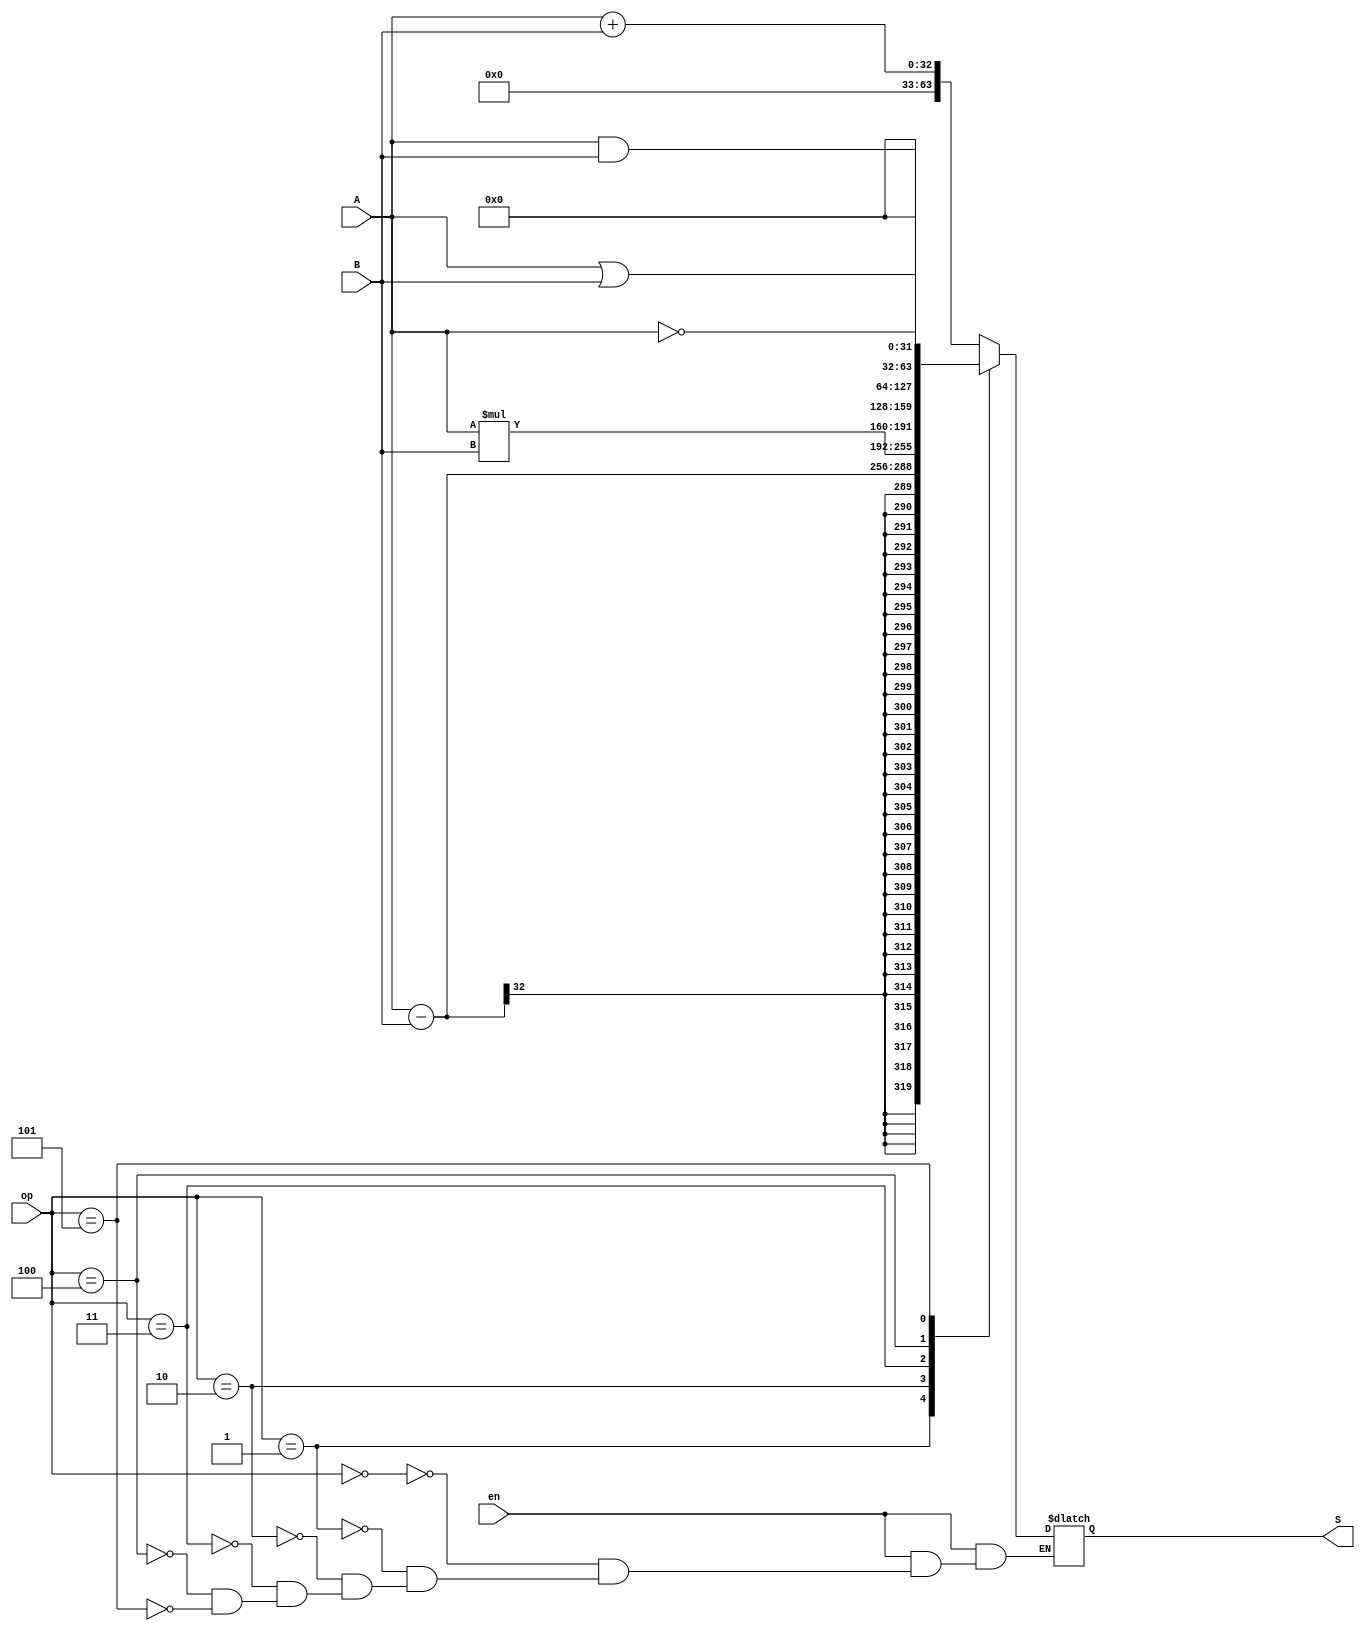
module ALU(op, A, B, S, en);
	input [31:0]A, B;
	input en;
	input [3:0]op;
	output reg[63:0]S;
	
	always@(op, A, B, en)begin
		if(en==1'b0) S = 64'bx;
		else begin
			case(op)
				3'b000 : S = A+B;
				3'b001 : S = A-B;
				3'b010 : S = A*B;
				3'b011 : S = A&B;
				3'b100 : S = ~A;
				3'b101 : S = A|B;
			endcase
		end
	end
endmodule